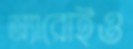
অ্যারোইও